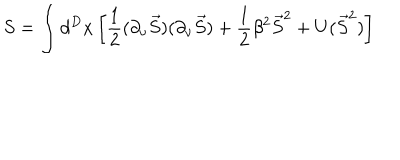
LaTeX: S = \int d ^ { D } x \left[ \frac 1 2 ( \partial _ { \nu } \vec { S } ) ( \partial _ { \nu } \vec { S } ) + \frac 1 2 \beta ^ { 2 } \vec { S } ^ { 2 } + U ( \vec { S } ^ { 2 } ) \right]